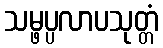
သမ္ဖပ္ပလာပသုတ္တံ